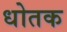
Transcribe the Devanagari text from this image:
धोतक